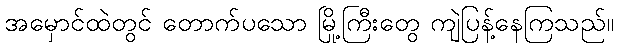
အမှောင်ထဲတွင် တောက်ပသော မြို့ကြီးတွေ ကျဲပြန့်နေကြသည်။